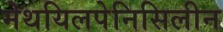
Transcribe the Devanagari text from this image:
मेथयिलपेनिसिलीन